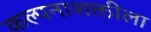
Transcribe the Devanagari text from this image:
कल्पनाशक्तीला